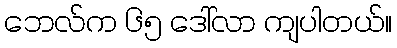
ဘေလ်က ၆၅ ဒေါ်လာ ကျပါတယ်။